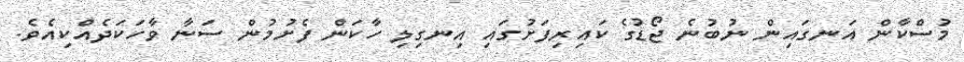
މުސްކާން އަނގައިން ނުބުނެ ޖޯޑުގެ ކައިރިފަށުގައި އިނގިލި ހާކަން ފެށުމުން ސަނާ ވާހަކަދެއްކިއެވެ.